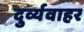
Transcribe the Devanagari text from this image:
दुर्व्यवाहर